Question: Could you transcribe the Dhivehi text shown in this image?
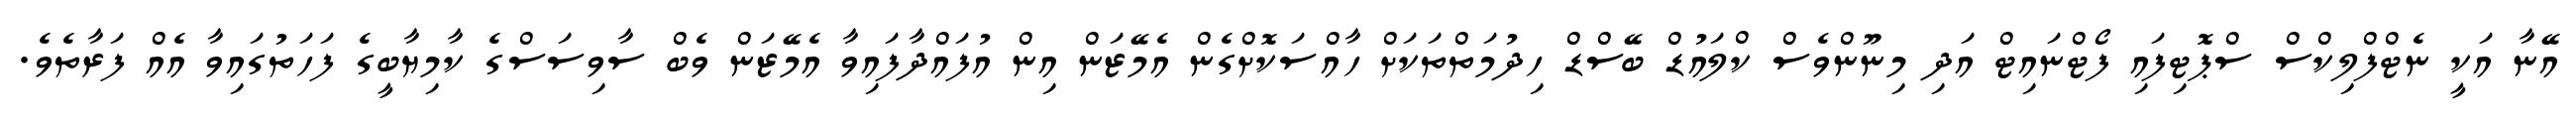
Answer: އޭނާ އަކީ ނެޓްފްލިކްސް ސްޕޮޓިފައި ފޯޓްނައިޓް އަދި މިނޫންވެސް ކްލައުޑް ބޭސްޑް ހިދުމަތްތަކަށް ހާއްސަކޮށްގެން އެމޭޒަން އިން އުފައްދާފައިވާ އެމޭޒަން ވެބް ސާވިސަސްގެ ކާމިޔާބީގެ ފަހަތުގައިވާ އެއް ފަރާތެވެ.